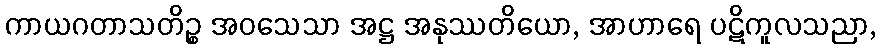
ကာယဂတာသတိဉ္စ အဝသေသာ အဋ္ဌ အနုဿတိယော, အာဟာရေ ပဋိကူလသညာ,